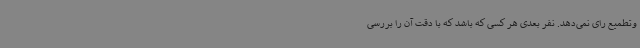
وتطمیع رای نمی‌دهد. نفر بعدی هر کسی که باشد که با دقت آن را بررسی